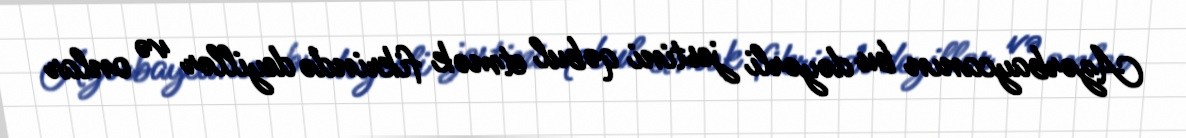
Azərbaycanın bu dəyərli jestini qəbul etmək fikrində deyillər və onlar